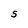
Character: S